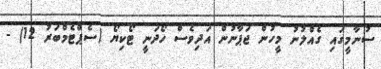
ސުނާމީގައި ގެއްލުނު މީހުން ޖަޕާނުން އަދިވެސް ހޯދަނީ ޓޯކިޔޯ (ސެޕްޓެމްބަރު 12) -